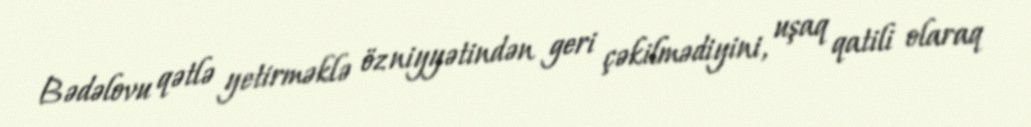
Bədəlovu qətlə yetirməklə öz niyyətindən geri çəkilmədiyini, uşaq qatili olaraq